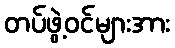
တပ်ဖွဲ့ဝင်များအား